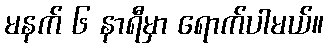
မနက် ၆ နာရီမှာ ရောက်ပါမယ်။